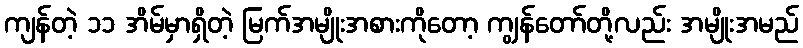
ကျန်တဲ့ ၁၁ အိမ်မှာရှိတဲ့ မြက်အမျိုးအစားကိုတော့ ကျွန်တော်တို့လည်း အမျိုးအမည်